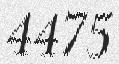
4475